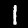
Label: 1